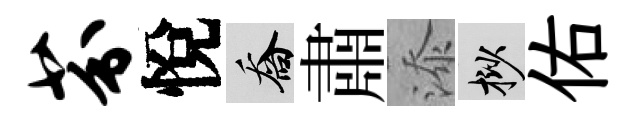
芬悅喬肅添挲佑